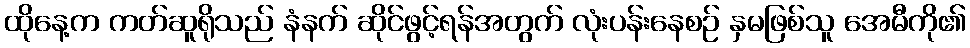
ထိုနေ့က ကတ်ဆူရိုသည် နံနက် ဆိုင်ဖွင့်ရန်အတွက် လုံးပန်းနေစဉ် နှမဖြစ်သူ အေမီကို၏